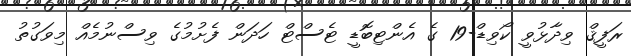
ރަފީޤް ވިދާޅުވީ ކޯވިޑް-19 ގެ އެންޓިބޮޑީ ޓެސްޓް ހަދަން ފެށުމުގެ ވިސްނުމެއް މިވަގުތު